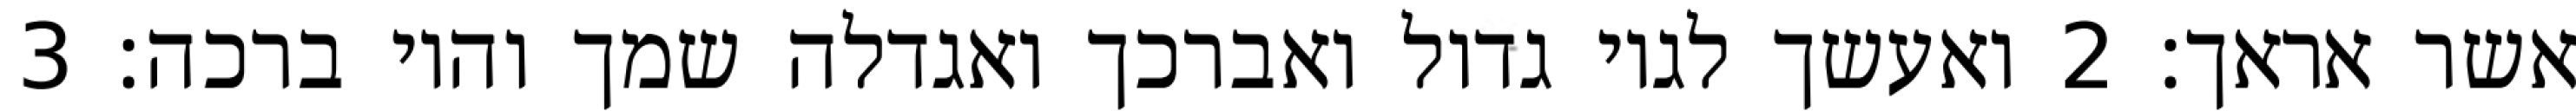
אשר אראך׃ ‎2‏ ואעשך לגוי גדול ואברכך ואגדלה שמך והוי ברכה׃ ‎3‏